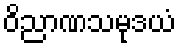
ဝိညာဏသမုဒယံ